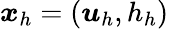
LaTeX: \boldsymbol{x}_{h}=(\boldsymbol{u}_{h},h_{h})